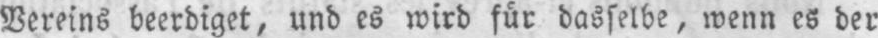
Vereins beerdigt, und es wird für dasselbe, wenn es der